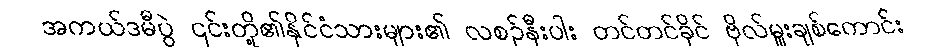
အကယ်ဒမီပွဲ ၎င်းတို့၏နိုင်ငံသားများ၏ လစဉ်နီးပါး တင်တင်ခိုင် ဗိုလ်မှူးချစ်ကောင်း